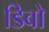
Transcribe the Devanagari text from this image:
डिवो